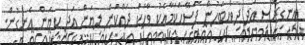
އިނގިރޭސި އަދި ދިވެހިބަހުން ފަސޭހަކަމާއެކު ވާހަކަ ދައްކަން ލިޔަން އަދި ކިޔަން އެނގުން.